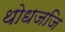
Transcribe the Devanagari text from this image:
थोधजजि